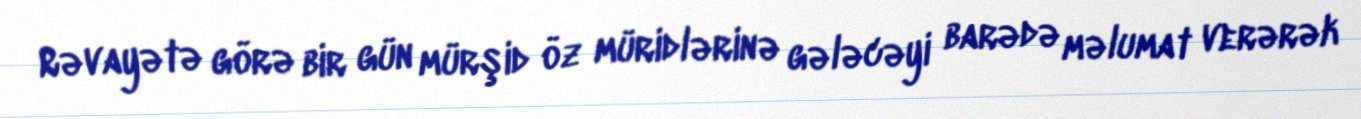
Rəvayətə görə bir gün mürşid öz müridlərinə gələcəyi barədə məlumat verərək